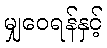
မျှဝေရန်နှင့်